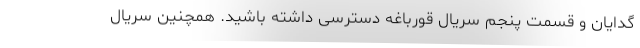
گدایان و قسمت پنجم سریال قورباغه دسترسی داشته باشید. همچنین سریال